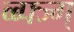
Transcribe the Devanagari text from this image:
व्ब्फ्ज्ग्